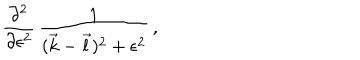
{ \frac { \partial ^ { 2 } } { \partial \epsilon ^ { 2 } } } \, { \frac { 1 } { ( { \vec { k } } - { \vec { l } } ) ^ { 2 } + \epsilon ^ { 2 } } } \, ,